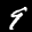
Label: 9